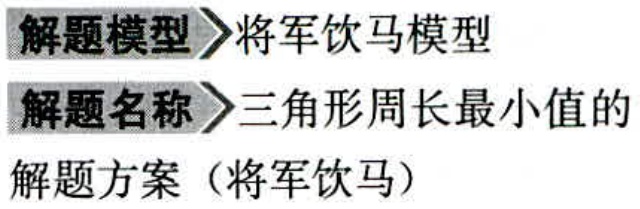
解题模型 \(\rightharpoonup\) 将军饮马模型

解题名称 \(\rightharpoonup\) 三角形周长最小值的

解题方案（将军饮马）